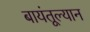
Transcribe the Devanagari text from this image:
बायंतूल्यान